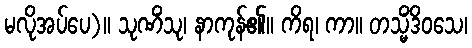
မလိုအပ်ပေ)။ သုဏိံသု၊ နာကုန်၏။ ကိရ၊ ကာ။ တသ္မိံဒိဝသေ၊